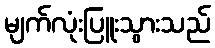
မျက်လုံးပြူးသွားသည်